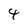
Character: 4